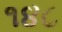
૧૪૮